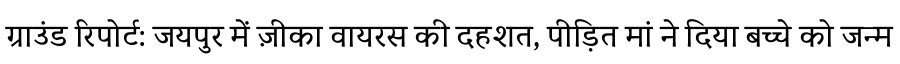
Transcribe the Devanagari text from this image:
ग्राउंड रिपोर्ट: जयपुर में ज़ीका वायरस की दहशत, पीड़ित मां ने दिया बच्चे को जन्म